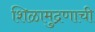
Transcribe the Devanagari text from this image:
शिळामुद्रणाची